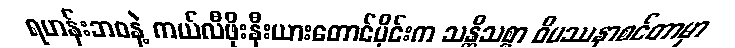
ရဟန်းဘဝနဲ့ ကယ်လီဖိုးနီးယားတောင်ပိုင်းက သန္တိသစ္စာ ဝိပဿနာစင်တာမှာ